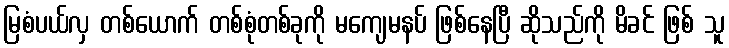
မြစံပယ်လှ တစ်ယောက် တစ်စုံတစ်ခုကို မကျေမနပ် ဖြစ်နေပြီ ဆိုသည်ကို မိခင် ဖြစ် သူ